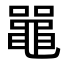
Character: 𫜝